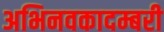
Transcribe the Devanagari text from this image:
अभिनवकादम्बरी